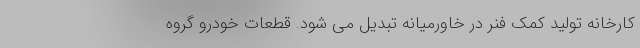
کارخانه تولید کمک فنر در خاورمیانه تبدیل می شود. قطعات خودرو گروه